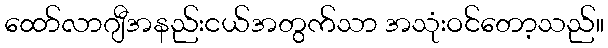
ထော်လာဂျီအနည်းငယ်အတွက်သာ အသုံးဝင်တော့သည်။